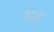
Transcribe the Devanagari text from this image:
सार्ड